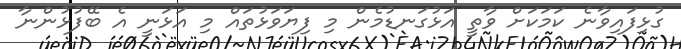
ގުޅިފައިވާނެ ކަމަކަށް ވާތީ އަޅުގަނޑުމެން މި ފިޔަވަޅުތައް މި އަޅަނީ އެ ބޭފުޅުންނާ